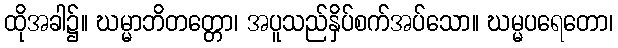
ထိုအခါ၌။ ဃမ္မာဘိတတ္တော၊ အပူသည်နှိပ်စက်အပ်သော။ ဃမ္မပရေတော၊